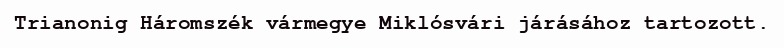
Trianonig Háromszék vármegye Miklósvári járásához tartozott.